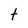
Character: t